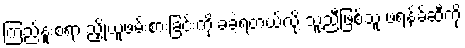
ကြည်နူးစရာ ညှို့ယူဖမ်းစားခြင်းကို ခံခဲ့ရတယ်လို့ သူ့ညီဖြစ်သူ ဖရန့်ခ်ဆီကို